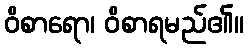
ဝိစာရော၊ ဝိစာရမည်၏။